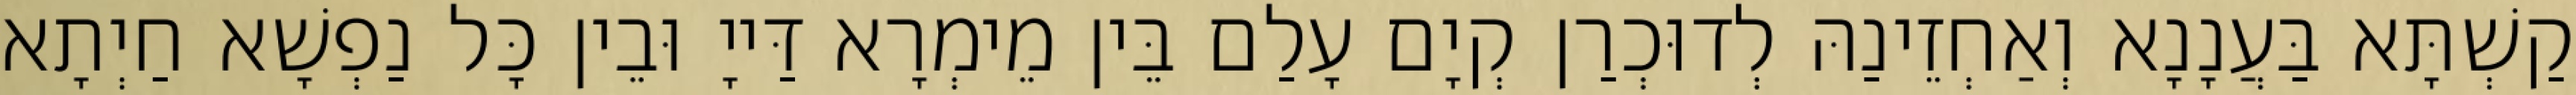
קַשְׁתָּא בַּעֲנָנָא וְאַחְזֵינַהּ לְדוּכְרַן קְיָם עָלַם בֵּין מֵימְרָא דַּייָ וּבֵין כָּל נַפְשָׁא חַיְתָא